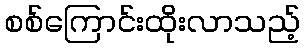
စစ်ကြောင်းထိုးလာသည့်